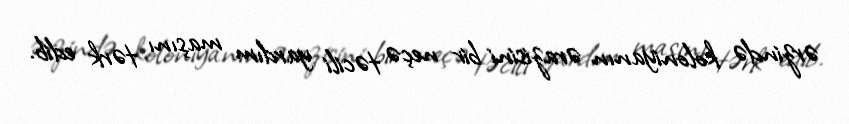
ərzində koloniyanın ərazisini bir neçə təcili yardım maşını tərk edib.